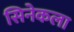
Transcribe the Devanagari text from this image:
सिनेकला